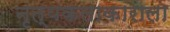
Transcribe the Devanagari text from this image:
नृत्यकलाकाराला